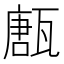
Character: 㼺